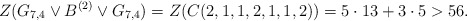
\begin{align*} Z(G_{7,4}\vee B^{(2)}\vee G_{7,4})=Z(C(2,1,1,2,1,1,2))=5\cdot 13+3\cdot 5>56. \end{align*}